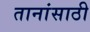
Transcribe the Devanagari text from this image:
तानांसाठी